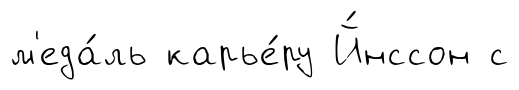
м'еда́ль карье́ру Й́нссон с